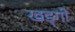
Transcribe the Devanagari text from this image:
खड्गी